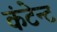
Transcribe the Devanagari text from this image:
कंटेन्ट